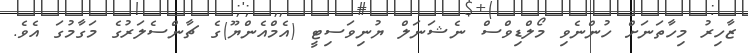
ޒާހިރު މިހާތަނަށް ހުންނެވި މޯލްޑިވްސް ނެޝަނަލް ޔުނިވަސިޓީ (އެމްއެންޔޫ)ގެ ޗާންސެލަރުގެ މަގާމުގަ އެވެ.